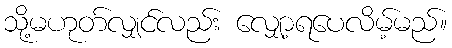
သို့မဟုတ်လျှင်လည်း လျှော့ရပေလိမ့်မည်။